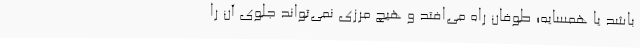
باشد یا همسایه؛ طوفان راه می‌افتد و هیچ مرزی نمی‌تواند جلوی آن را